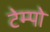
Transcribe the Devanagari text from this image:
टेम्‍पो